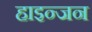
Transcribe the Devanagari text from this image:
हाइन्जन